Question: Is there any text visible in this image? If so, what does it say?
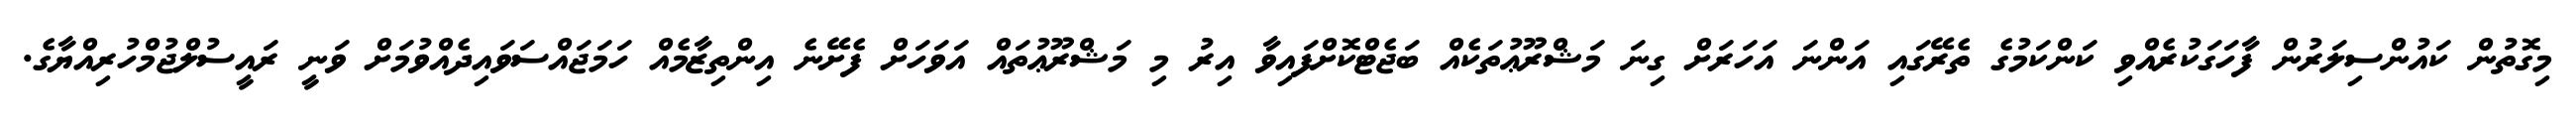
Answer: މިގޮތުން ކައުންސިލަރުން ފާހަގަކުރެއްވި ކަންކަމުގެ ތެރޭގައި އަންނަ އަހަރަށް ގިނަ މަޝްރޫޢުތަކެއް ބަޖެޓްކޮށްފައިވާ އިރު މި މަޝްރޫޢުތައް އަވަހަށް ފެށޭނެ އިންތިޒާމެއް ހަމަޖައްސަވައިދެއްވުމަށް ވަނީ ރައީސުލްޖުމްހުރިއްޔާގެ.